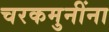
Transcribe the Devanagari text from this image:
चरकमुनींना